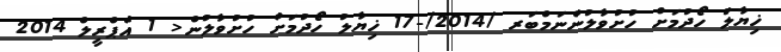
ޚިޔާލު ހޯދުމަށް ހުށުވާލުންނަމްބަރ /2014/-17 ޚިޔާލު ހޯދުމަށް ހުށުވާލުން< 1 އެޕްރީލް 2014